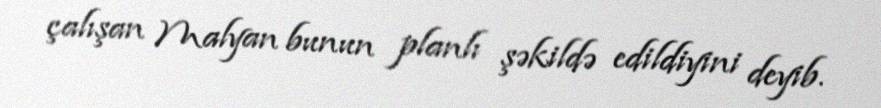
çalışan Malyan bunun planlı şəkildə edildiyini deyib.